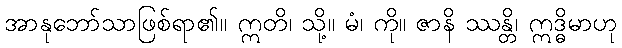
အာနုဘော်သာဖြစ်ရာ၏။ ဣတိ၊ သို့။ မံ၊ ကို။ ဇာနိ ဿန္တိ၊ ဣဒ္ဓိမာဟု